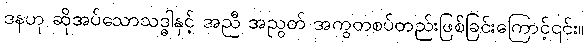
ဒနဟု ဆိုအပ်သောသဒ္ဓါနှင့် အညီ အညွတ် အကွတစပ်တည်းဖြစ်ခြင်းကြောင့်၎င်း။